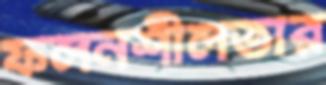
ফলনশীলতার